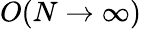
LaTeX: O(N\to\infty)